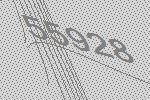
55928